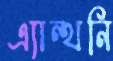
এ্যান্থনি